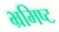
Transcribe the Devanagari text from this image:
भ्रमिष्ट